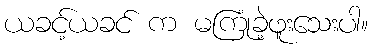
ယခင့်ယခင် က မကြုံခဲ့ဖူးသေးပါ။